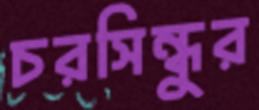
চরসিন্ধুর